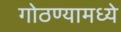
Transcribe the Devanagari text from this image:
गोठण्यामध्ये